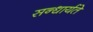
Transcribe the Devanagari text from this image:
सन्धार्यते